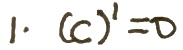
1. $(c)' = 0$